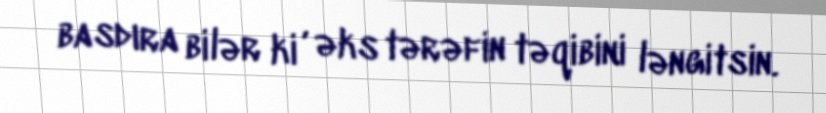
basdıra bilər ki , əks tərəfin təqibini ləngitsin.